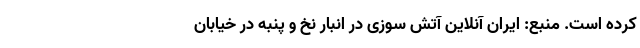
کرده است. منبع: ایران آنلاین آتش سوزی در انبار نخ و پنبه در خیابان